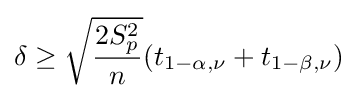
\delta \geq {\sqrt {\frac {2S_{p}^{2}}{n}}}(t_{1-\alpha ,\nu }+t_{1-\beta ,\nu })